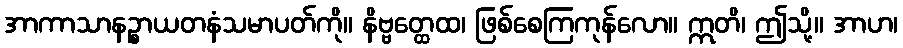
အာကာသာနဉ္စာယတနံသမာပတ်ကို။ နိဗ္ဗတ္ထေထ၊ ဖြစ်စေကြကုန်လော။ ဣတိ၊ ဤသို့။ အာဟ၊